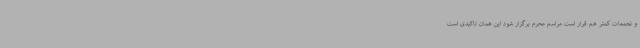
و تجمعات کمتر هم قرار است مراسم محرم برگزار شود این همان تاکیدی است